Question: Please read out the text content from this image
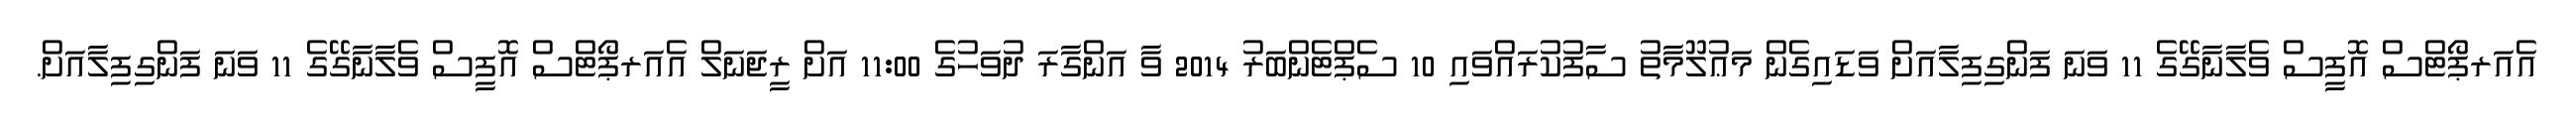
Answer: އެއަރޕޯޓްސް އޮފީސް ވެލާނާގޭގެ 11 ވަނަ ފަންގިފިލާއަށް ވަޑައިގެން މަޢުލޫމާތު ސާފުކުރައްވައި 10 ސެޕްޓެންބަރު 2014 ވާ އަންގާރަ ދުވަހުގެ 11:00 އަށް ރީޖަނަލް އެއަރޕޯޓްސް އޮފީސް ވެލާނާގޭގެ 11 ވަނަ ފަންގިފިލާއަށް.